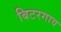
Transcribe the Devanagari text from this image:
बिटरगाव